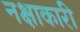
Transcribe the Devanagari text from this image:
नक्षाकारी